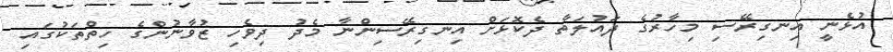
އުޅެނީ އިނގިރޭސި މިހާރުގެ ދައުލަތާ ދެކޮޅަށް އިނގިރޭސިންނާ މެދު ދިވެހި ޒުވާނުންގެ ހިތްތަކުގައި